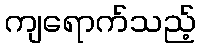
ကျရောက်သည့်